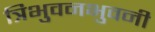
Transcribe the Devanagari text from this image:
त्रिभुवनभुवनी